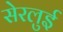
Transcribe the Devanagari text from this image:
सेरलुई